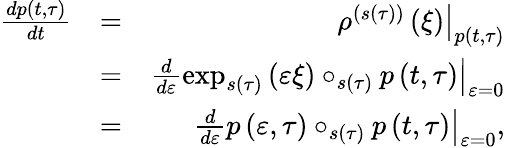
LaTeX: \begin{array}{rlr}{\frac{dp\left(t,\tau\right)}{dt}}&{=}&{\left.\rho^{\left(s\left(\tau\right)\right)}\left(\xi\right)\right\vert_{p\left(t,\tau\right)}}\\ &{=}&{\left.\frac{d}{d\varepsilon}\exp_{s\left(\tau\right)}\left(\varepsilon\xi\right)\circ_{s\left(\tau\right)}p\left(t,\tau\right)\right\vert_{\varepsilon=0}}\\ &{=}&{\left.\frac{d}{d\varepsilon}p\left(\varepsilon,\tau\right)\circ_{s\left(\tau\right)}p\left(t,\tau\right)\right\vert_{\varepsilon=0}\mathrm{,}}\end{array}